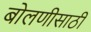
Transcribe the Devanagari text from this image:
बोलणीसाठी